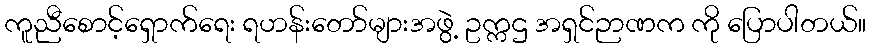
ကူညီစောင့်ရှောက်ရေး ရဟန်းတော်များအဖွဲ့ ဥက္ကဌ အရှင်ဉာဏက ကို ပြောပါတယ်။